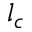
l _ { c }